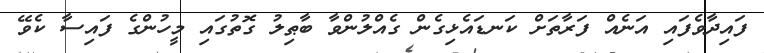
ފައިދާވެފައި އަނެއް ފަރާތަށް ކަނޑައެޅިގެން ގެއްލުންވާ ބާޠިލު ގޮތުގައި މީހުންގެ ފައިސާ ކެވޭ